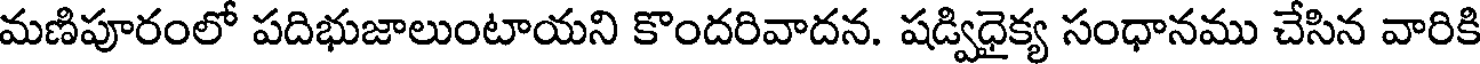
మణిపూరంలో పదిభుజాలుంటాయని కొందరివాదన. షడ్విధైక్య సంధానము చేసిన వారికి